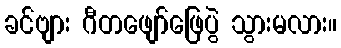
ခင်ဗျား ဂီတဖျော်ဖြေပွဲ သွားမလား။